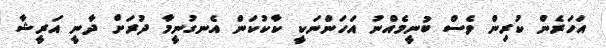
އަހަރެން ކުރިން ވެސް ބުނީމެއްނު އަހަންނަކީ ކާކުކަން އެނގުނީމާ ދުރަށް ދާނީ އަރީޝާ